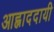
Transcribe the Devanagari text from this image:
आह्लाददायी